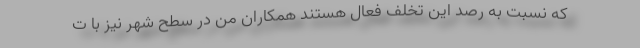
که نسبت به رصد این تخلف فعال هستند همکاران من در سطح شهر نیز با ت